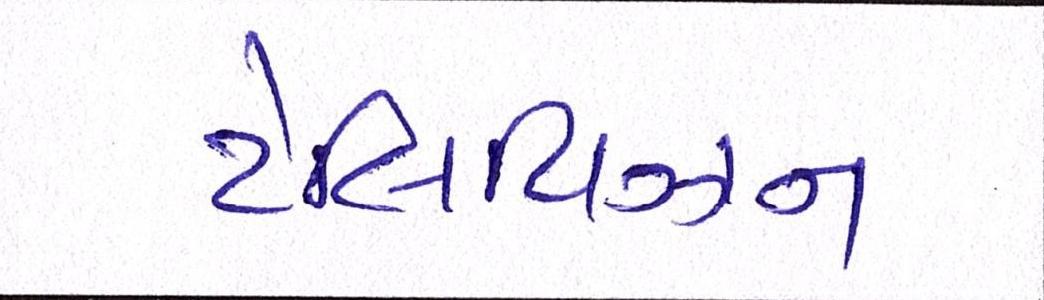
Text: ટેલિવિઝન